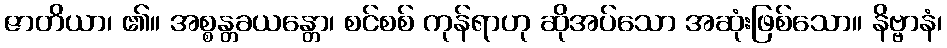
ဇာတိယာ၊ ၏။ အစ္စန္တခယန္တော၊ စင်စစ် ကုန်ရာဟု ဆိုအပ်သော အဆုံးဖြစ်သော။ နိဗ္ဗာနံ၊